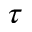
\tau